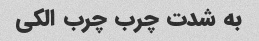
به شدت چرب چرب الکی